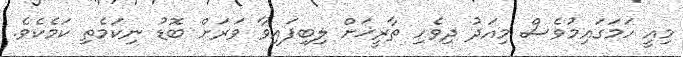
މިއީ ހަމަގައިމުވެސް މިއަދު ދިވެހި ތާރީޚަށް ލިބިފައިވާ ވަރަށް ބޮޑު ނިކަމެތި ކަމެކެވެ.